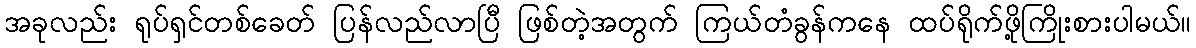
အခုလည်း ရုပ်ရှင်တစ်ခေတ် ပြန်လည်လာပြီ ဖြစ်တဲ့အတွက် ကြယ်တံခွန်ကနေ ထပ်ရိုက်ဖို့ကြိုးစားပါမယ်။